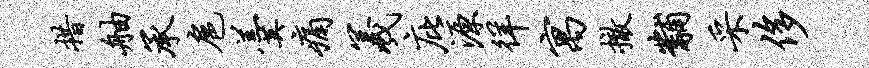
措舳承扈羹痛羲庇源徉寓撤黼采侈